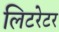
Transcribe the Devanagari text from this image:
लिटरेटर